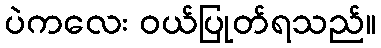
ပဲကလေး ဝယ်ပြုတ်ရသည်။